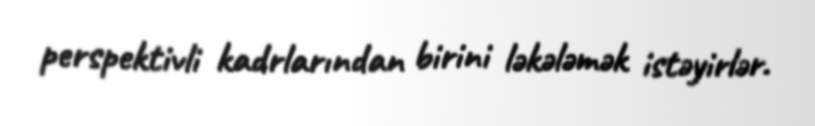
perspektivli kadrlarından birini ləkələmək istəyirlər.